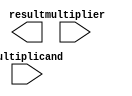
module VedicMul_8x8
(
    input wire [7:0] multiplicand,
    input wire [7:0] multiplier,

    output wire [15:0] result
);


    
endmodule